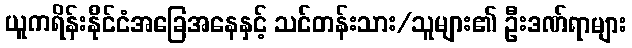
ယူကရိန်းနိုင်ငံအခြေအနေနှင့် သင်တန်းသား/သူများ၏ ဦးဒဏ်ရာများ